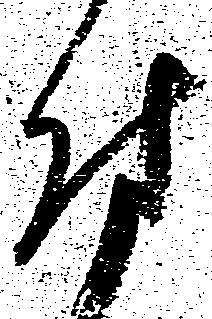
付